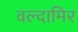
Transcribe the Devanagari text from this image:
वल्दामिर